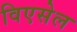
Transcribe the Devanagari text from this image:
विएसेल